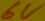
Text: 6V